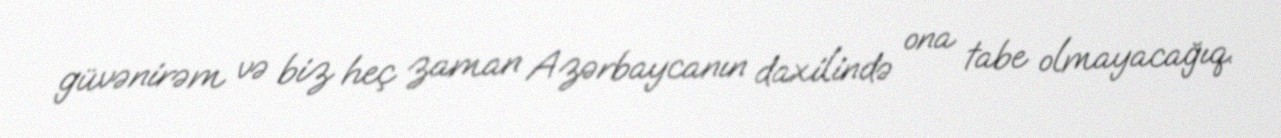
güvənirəm və biz heç zaman Azərbaycanın daxilində ona tabe olmayacağıq.